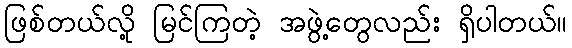
ဖြစ်တယ်လို့ မြင်ကြတဲ့ အဖွဲ့တွေလည်း ရှိပါတယ်။